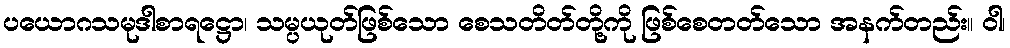
ပယောဂသမုဒါစာရဋ္ဌော၊ သမ္ပယုတ်ဖြစ်သော စေသတိတ်တို့ကို ဖြစ်စေတတ်သော အနက်တည်း။ ဝါ၊